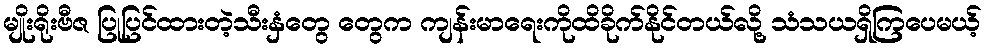
မျိုးရိုးဗီဇ ပြုပြင်ထားတဲ့သီးနှံတွေ တွေက ကျန်းမာရေးကိုထိခိုက်နိုင်တယ်လို့ သံသယရှိကြပေမယ့်